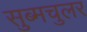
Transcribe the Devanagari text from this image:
सुब्मचुलर